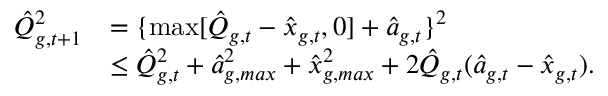
\begin{array} { r l } { \hat { Q } _ { g , t + 1 } ^ { 2 } } & { = \{ \operatorname* { m a x } [ \hat { Q } _ { g , t } - \hat { x } _ { g , t } , 0 ] + \hat { a } _ { g , t } \} ^ { 2 } } \\ & { \leq \hat { Q } _ { g , t } ^ { 2 } + \hat { a } _ { g , m a x } ^ { 2 } + \hat { x } _ { g , m a x } ^ { 2 } + 2 \hat { Q } _ { g , t } ( \hat { a } _ { g , t } - \hat { x } _ { g , t } ) . } \end{array}